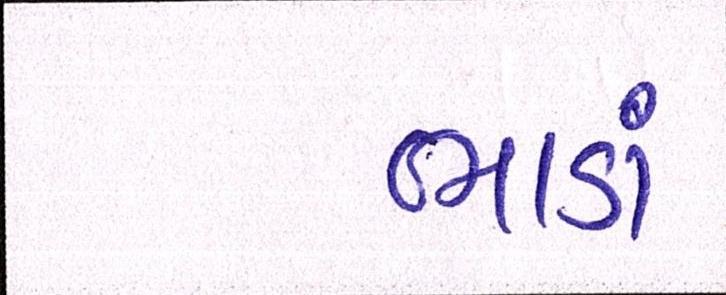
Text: ભાડાં